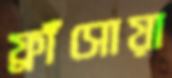
ফ্রাঁসোয়া